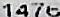
1476